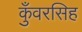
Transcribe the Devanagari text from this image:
कुँवरसिह